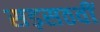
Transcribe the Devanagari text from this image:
सड़सठवीं